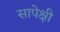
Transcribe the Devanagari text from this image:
सापेक्षी